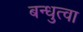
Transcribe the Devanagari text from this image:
बन्धुत्वा